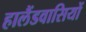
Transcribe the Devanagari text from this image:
हालैंडवासियों